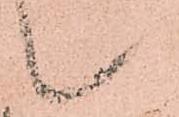
候